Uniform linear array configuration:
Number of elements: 48
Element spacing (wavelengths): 0.25
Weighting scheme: binomial
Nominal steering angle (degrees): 15
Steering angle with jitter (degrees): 16.19
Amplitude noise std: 0.05
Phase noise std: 0.05

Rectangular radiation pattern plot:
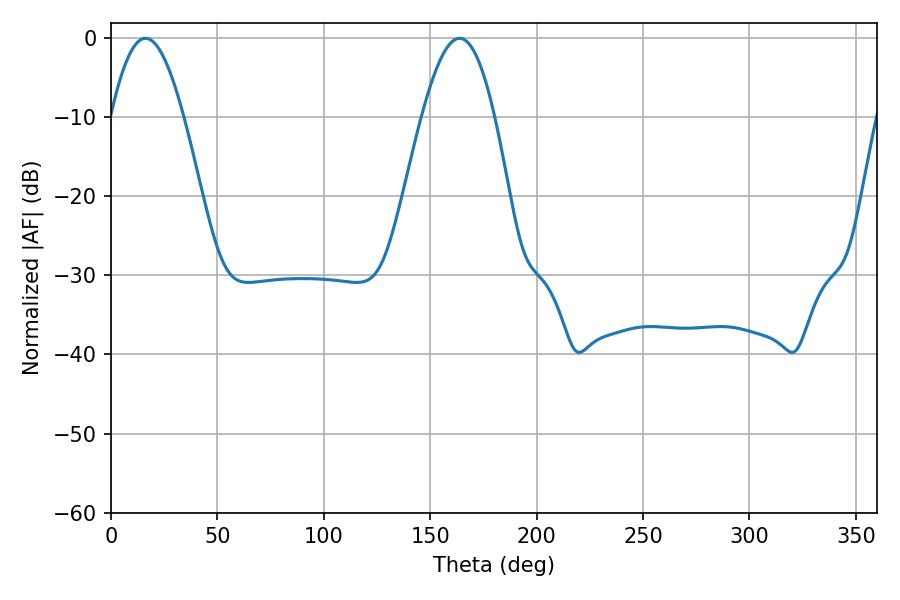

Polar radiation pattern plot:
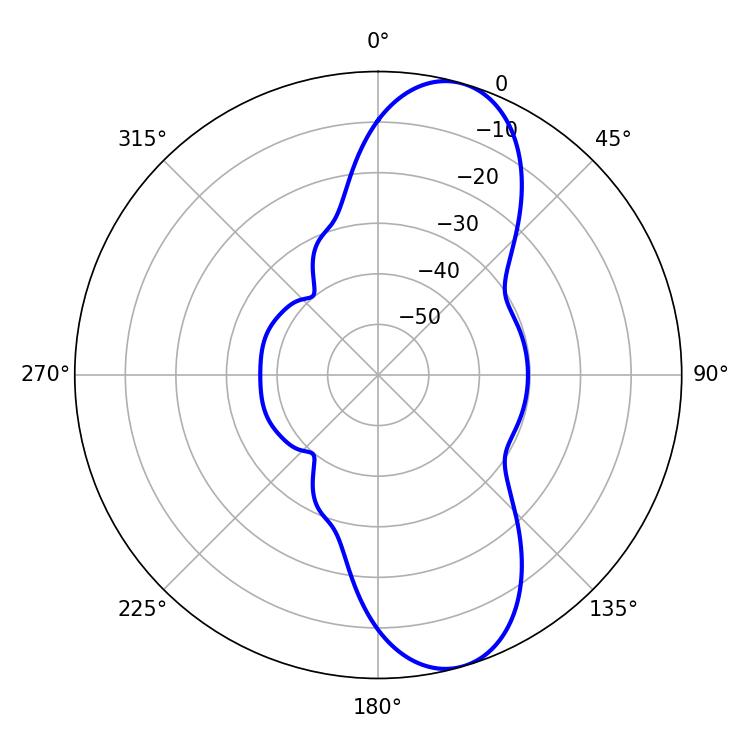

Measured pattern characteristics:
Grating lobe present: FALSE
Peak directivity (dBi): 9.992
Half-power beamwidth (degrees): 18.54
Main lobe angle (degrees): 16.2